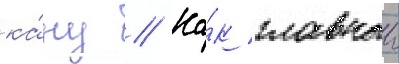
ка́ну // Ка́к главныи